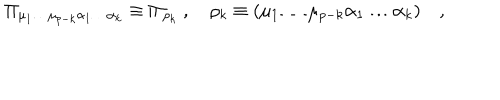
\Pi _ { \mu _ { 1 } \dots \mu _ { p - k } \alpha _ { 1 } \dots \alpha _ { k } } \equiv \Pi _ { \rho _ { k } } \ , \quad \rho _ { k } \equiv ( \mu _ { 1 } \dots \mu _ { p - k } \alpha _ { 1 } \dots \alpha _ { k } ) \quad ,